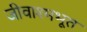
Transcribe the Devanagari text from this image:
जीवाश्मभूत